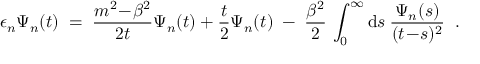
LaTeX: \epsilon _ { n } \Psi _ { n } ( t ) \; = \; \frac { m ^ { 2 } \! - \! \beta ^ { 2 } } { 2 t } \Psi _ { n } ( t ) + \frac { t } { 2 } \Psi _ { n } ( t ) \; - \; \frac { \beta ^ { 2 } } { 2 } \, \int _ { 0 } ^ { \infty } \mathrm { d } s \: \frac { \Psi _ { n } ( s ) } { ( t \! - \! s ) ^ { 2 } } \; \; .